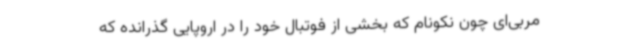
مربی‌ای چون نکونام که بخشی از فوتبال خود را در اروپایی گذرانده که